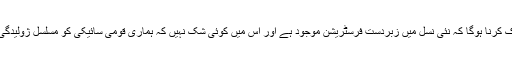
ہمیں اس حقیقت کا ادراک کرنا ہوگا کہ نئی نسل میں زبردست فرسٹریشن موجود ہے اور اس میں کوئی شک نہیں کہ ہماری قومی سائیکی کو مسلسل ژولیدگی کا شکار رکھا گیا ہے۔